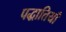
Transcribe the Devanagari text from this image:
पद्धातियाँ